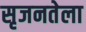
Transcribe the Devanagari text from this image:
सृजनतेला